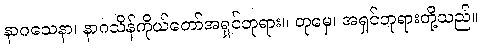
နာဂသေနာ၊ နာဂသိန်ကိုယ်တော်အရှင်ဘုရား။ တုမှေ၊ အရှင်ဘုရားတို့သည်။